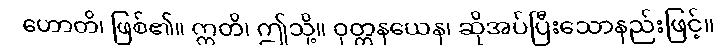
ဟောတိ၊ ဖြစ်၏။ ဣတိ၊ ဤသို့။ ဝုတ္တနယေန၊ ဆိုအပ်ပြီးသောနည်းဖြင့်။